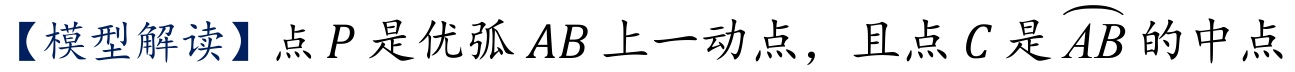
【模型解读】点\(P\)是优弧\(AB\)上一动点，且点\(C\)是\(\overset{\frown}{AB}\)的中点